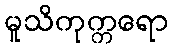
မူသိကုက္ကရော